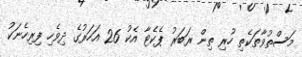
މަސްތުވާތަކެތި ހުރި ތިން ރަބަރު ޕެކެޓާ އެކު 26 އަހަރުގެ ދިވެހި ފިރިހެނަކު